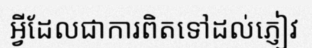
អ្វីដែលជាការពិតទៅដល់ភ្ញៀវ